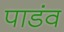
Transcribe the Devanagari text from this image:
पाडंव